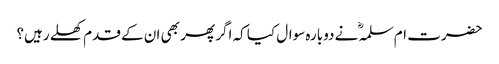
حضرت ام سلمہؓ نے دوبارہ سوال کیا کہ اگر پھر بھی ان کے قدم کھلے رہیں؟